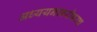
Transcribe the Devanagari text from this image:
अध्ययनाबरोबरच